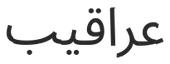
عراقيب